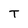
Character: T